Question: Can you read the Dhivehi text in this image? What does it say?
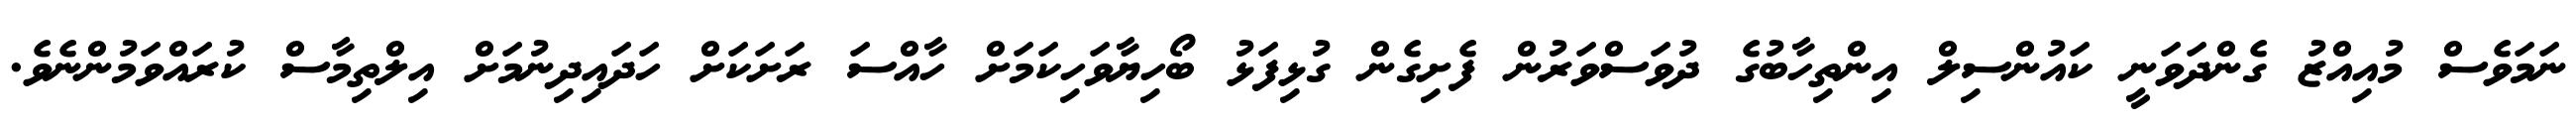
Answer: ނަމަވެސް މުއިއްޒު ގެންދަވަނީ ކައުންސިލް އިންތިހާބުގެ ދުވަސްވަރުން ފެށިގެން ގުޅިފަޅު ބޯހިޔާވަހިކަމަށް ހާއްސަ ރަށަކަށް ހަދައިދިނުމަށް އިލްތިމާސް ކުރައްވަމުންނެވެ.